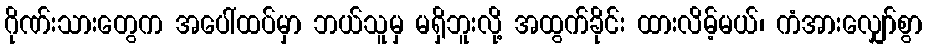
ဂိုဏ်းသားတွေက အပေါ်ထပ်မှာ ဘယ်သူမှ မရှိဘူးလို့ အထွက်ခိုင်း ထားလိမ့်မယ်၊ ကံအားလျှော်စွာ